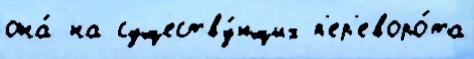
она́ на существу́ющих п'ер'еворо́та